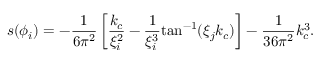
s ( \phi _ { i } ) = - \frac { 1 } { 6 \pi ^ { 2 } } \left[ \frac { k _ { c } } { \xi _ { i } ^ { 2 } } - \frac { 1 } { \xi _ { i } ^ { 3 } } \mathrm { t a n } ^ { - 1 } ( \xi _ { j } k _ { c } ) \right] - \frac { 1 } { 3 6 \pi ^ { 2 } } k _ { c } ^ { 3 } .